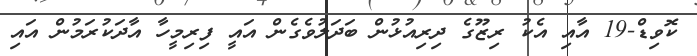
ކޮވިޑް-19 އާއި އެކު ރިޒޫގެ ދިރިއުޅުން ބަދަލުވެގެން އައީ ފިރިމީހާ އާދަކުރަމުން އައި